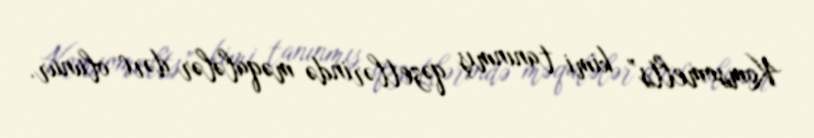
Komsomelts” kimi tanınmış qəzetlərində məqalələr dərc olunur.